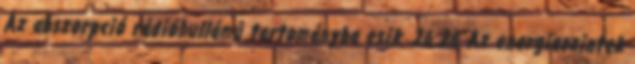
Az abszorpció rádióhullámú tartományba esik. 26 26 Az energiaszintek